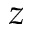
z